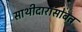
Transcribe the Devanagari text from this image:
साथीदारांसोबत